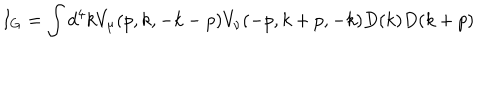
I _ { G } = \int d ^ { 4 } k V _ { \mu } ( p , k , - k - p ) V _ { \nu } ( - p , k + p , - k ) D ( k ) D ( k + p )